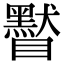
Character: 䁿